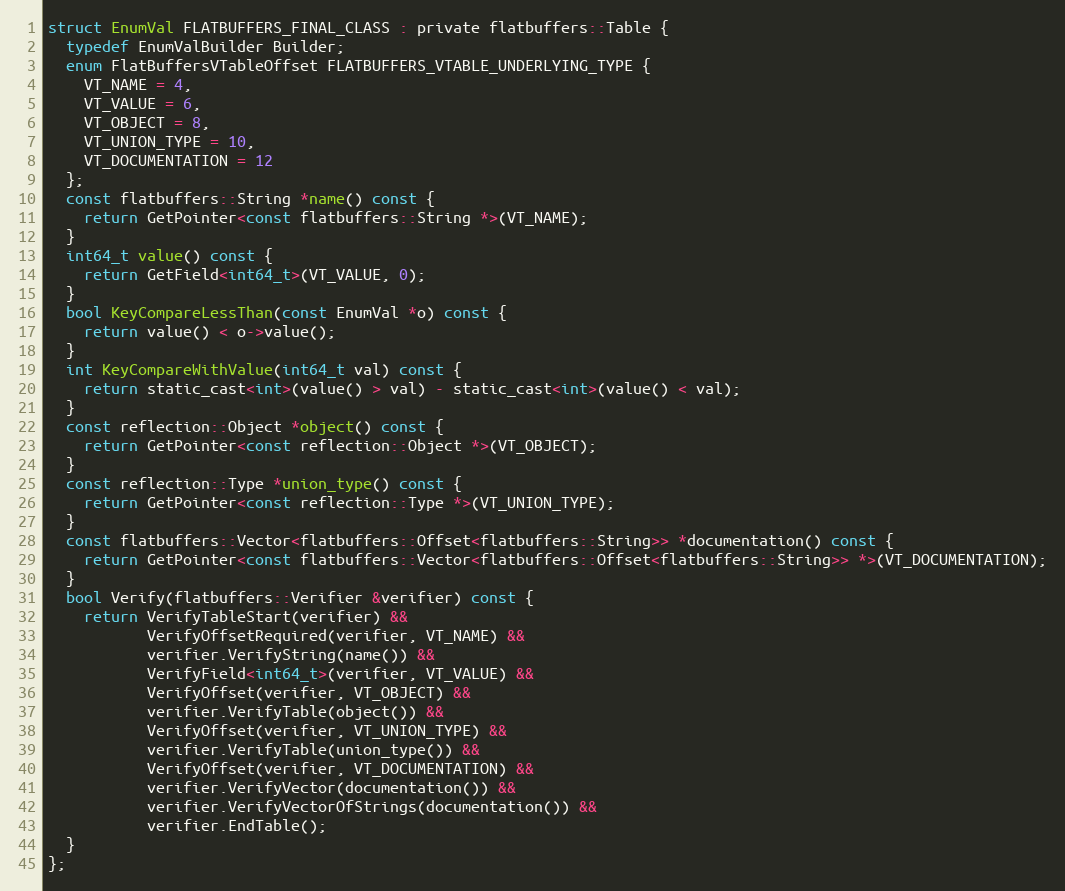
Language: C
struct EnumVal FLATBUFFERS_FINAL_CLASS : private flatbuffers::Table {
  typedef EnumValBuilder Builder;
  enum FlatBuffersVTableOffset FLATBUFFERS_VTABLE_UNDERLYING_TYPE {
    VT_NAME = 4,
    VT_VALUE = 6,
    VT_OBJECT = 8,
    VT_UNION_TYPE = 10,
    VT_DOCUMENTATION = 12
  };
  const flatbuffers::String *name() const {
    return GetPointer<const flatbuffers::String *>(VT_NAME);
  }
  int64_t value() const {
    return GetField<int64_t>(VT_VALUE, 0);
  }
  bool KeyCompareLessThan(const EnumVal *o) const {
    return value() < o->value();
  }
  int KeyCompareWithValue(int64_t val) const {
    return static_cast<int>(value() > val) - static_cast<int>(value() < val);
  }
  const reflection::Object *object() const {
    return GetPointer<const reflection::Object *>(VT_OBJECT);
  }
  const reflection::Type *union_type() const {
    return GetPointer<const reflection::Type *>(VT_UNION_TYPE);
  }
  const flatbuffers::Vector<flatbuffers::Offset<flatbuffers::String>> *documentation() const {
    return GetPointer<const flatbuffers::Vector<flatbuffers::Offset<flatbuffers::String>> *>(VT_DOCUMENTATION);
  }
  bool Verify(flatbuffers::Verifier &verifier) const {
    return VerifyTableStart(verifier) &&
           VerifyOffsetRequired(verifier, VT_NAME) &&
           verifier.VerifyString(name()) &&
           VerifyField<int64_t>(verifier, VT_VALUE) &&
           VerifyOffset(verifier, VT_OBJECT) &&
           verifier.VerifyTable(object()) &&
           VerifyOffset(verifier, VT_UNION_TYPE) &&
           verifier.VerifyTable(union_type()) &&
           VerifyOffset(verifier, VT_DOCUMENTATION) &&
           verifier.VerifyVector(documentation()) &&
           verifier.VerifyVectorOfStrings(documentation()) &&
           verifier.EndTable();
  }
};